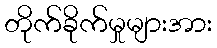
တိုက်ခိုက်မှုများအား